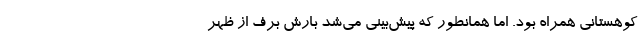
کوهستانی همراه بود. اما همانطور که پیش‌بینی می‌شد بارش برف از ظهر